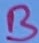
Text: B